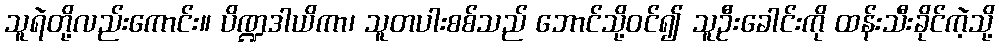
သူရဲတို့လည်းကောင်း။ ပိဏ္ဍဒါယိကာ၊ သူတပါးစစ်သည် ဘောင်သို့ဝင်၍ သူဦးခေါင်းကို ထန်းသီးခိုင်ကဲ့သို့